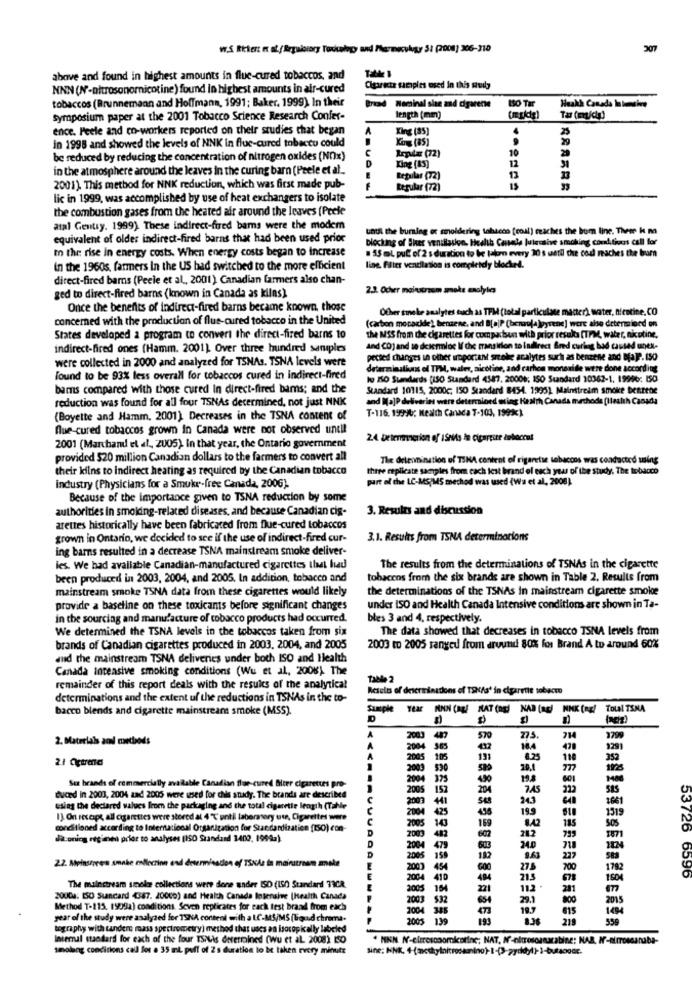
W.S Rkter: e aff Erguistory Turkcelego und Fermecukrzy 51 (2008) 306-310
307
above and found in highest amounts in flue-cured tobaccos, and
NNN (N-nitrosonornicotine) found in highest amounts in air-cured
Cigarits samples used in this study
tobaccos (Brunnemann and Hoffmann, 1991; Baker. 1999). In their
ISO Tar
nominal slan and cigarety
Heakk Canada Intensive
symposium paper at the 2001 Tobacco Science Research Confer-
length (mm)
Ta (m/c)
ence. Peele and co-workers reported on their studies that began
King (85]
25
in 1998 and showed the levels of NNK in flue-cured tobacco could
Kog (85)
10
be reduced by reducing the concentration of nitrogen oxides (NO)x)
Regular (72)
29
in the atmosphere around the leaves in the curing barn (Peele et al.
King (85]
12
12
Regular (72)
13
2001). This method for NNK reduction, which was first made pub-
Regular (72)
......
lic in 1999, was accomplished by use of heat exchangers to isolate
the combustion gases from the heated afr around the leaves [Peele
atal Gentry. 1999). These indirect-fured bams were the modem
until the burning or smoldering tohecho [coal) reaches the bum line. Them k m
equivalent of older indirect-fired barns that had been used prior
Dieckig of Sher ventilation, Health Causede Julessive smoking conditions call for
to the rise in energy costs. When energy costs began to increase
55 mL pul of 2 s duration to be taken every 30 s uetil che cod maches the bum
in the 1960s, farmers in the US bad switched to the more efficient
line. Fater ventilation is compieidy blocked.
direct-fired barns (Peele et al ., 2001) Canadian farmers also chan-
2.3. Ocher mainstream smoke maolyles
ged to direct-fired barns (known in Canada as kilns)
Once the benefits of indirect-fired barns became known, those
Ofser smake analytes buch as TPM (total particulate matter), water, nicotine,CO
concerned with the production of flue-cured tobacco in the United
(carbon moparkde), benzene, and B[ajP (benaufa ]pyrene] were also determined on
States developed a program to convert the direct-fired barns to
the MSS from the cigarettes for cuxparisun with prior results (TPM, water, nicotine,
indirect-fired ones (Hamm. 2001) Over three hundred samples
and CO) and se desermioc If the transition to indirect Bred curing had caused unex-
were collected in 2000 and analyzed for TSNAs. TSNA levels were
pected charges in other unportant smoke acalytes such as benzene and BfajP. 150
determinalins of TPM, wales, aicoline, and carbon monoxide were done according
found to be 93% less overall for tobaccos cured in indirect-fired
ko ISO Standards (ISO Standard 4587. 20006; 150 Standard 10362-1, 19996: ISO
barns compared with those cured in direct-fired barns; and the
Standard 10115, 2000c; 150 Standard 8454. 1995). Mainstream smoke bentthe
reduction was found for all four TSNAs determined, not just NNK
and Ma]P deliveries were determined ming Health Canada mrchode [Health Canada
T-116. 19990: Health Canada T-103, 1999)
(Boyette and Hamm, 2001) Decreases in the TSNA content of
Que-cured tobaccos grown in Canada were not observed until
2.4 Determinerion of ISMs In cigargite dobocous
2001 (Marchand et al ., 2005). In that year, the Ontario government
provided $20 million Canadian dollars to the farmers to convert all
The determination of TSNA content of rigartse tobaccos was conducted using
their kilns to Indirect heating as required by the Canadian tobacco
three replicate samples from cach lest brand of each year of the study, The tobacco
part of che LC-MS/MS method was used (Wa et al, 2006).
industry (Physicians for a Smukr-free Canada, 2006).
Because of the importance given to TSNA reduction by some
authorities in smoking-related diseases, and because Canadian cig-
3. Results and discussion
arettes historically have been fabricated from flue-cured tobaccos
grown in Ontario, we decided to see if the use of indirect-fired cur-
3.1. Results from TSNA determinations
ing barns resulted in a decrease TSNA mainstream smoke deliver-
les. We had avaliable Canadian-manufactured cigarettes that had
The results from the determinations of TSNAs in the cigarette
been produced in 2003, 2004, and 2005. In addition, tobacco and
tobaccos from the six brands are shown in Table 2. Results from
mainstream smoke TSNA data from these cigarettes would likely
the determinations of the TSNAs in mainstream cigarette smoke
provide a baseline on these toxicants before significant changes
under ISO and Health Canada Intensive conditions are shown in Ta-
in the sourcing and manufacture of tobacco products had occurred.
bles 3 and 4, respectively.
We determined the TSNA levels in the tobaccos taken from six
The data showed that decreases in tobacco TSNA levels from
brands of Canadian cigarettes produced in 2003. 2004, and 2005
2003 to 2005 ranged from around 80% for Brand A to around 60%
and the mainstream TSNA deliveries under both ISO and Health
Canada intensive smoking conditions (Wu et al, 2008). The
Table 2
remainder of this report deals with the results of the analytical
Results of determinations of TONAs' in cigarette sobecto
determinations and the extent uf the reductions in TSNAs in the to-
bacco blends and cigarette mainstream smoke (MSS).
Sample
Year ANN CREE MAT (ng) NAD (ag) NNK (ng/
Total TENA
D
2. Matrelals and methods
2003
570
275
714
3799
3291
105
131
110
352
777
2004
375
430
198
Sex brands of commercially available Canadian flue-cured Biter cigarettes pro-
2005
204
585
duced in 2003, 2004 and 2005 were used for this study. The brands are described
2009
343
1661
using the declared valves from the packaging and the total cigarette length (Tahle
2004
19.9
1319
13. On receipt, all cigarettes were stored al 4 ℃ until laboratory ute, Cigarettes were
185
conditioned according to International Organization for Standardization (ISO) con-
2005
505
53726
dia oning reglene prior to analyses (ISO Standard 1402, 19692).
2009
282
799
1871
2.2. Meinsheen smake elleciinn and determination of TSKAs la mainstream zmake
2005
8.63
227
2000
27.3
700
1782
6596
2004
410
21.5
678
The mainstream smoke collections were done under ISO (150 Standard T3CR
ZOUGa: [SO Suncard 4387. 20000) and Health Canada Intensive (Health Canada
Method T-115. 1999a) conditions. Seven replicates for each test braad from each
615
year of the study were analyzed for 19NA content with a LC-MS/MS (ligad chroma-
2005 139
193
219
559
tography with tandere mass spectrometry) method that uses an isotopically labeled
Internal standard for each of the four TSNus determined (Wu et al. 2008) IS0
smolang conditions call for a 35 ml puff of 2 s duration to be taken every minute